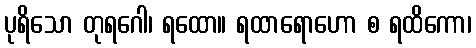
ပုရိသော တုရဂေါ၊ ရထော။ ရထာရောဟော စ ရထိကော၊